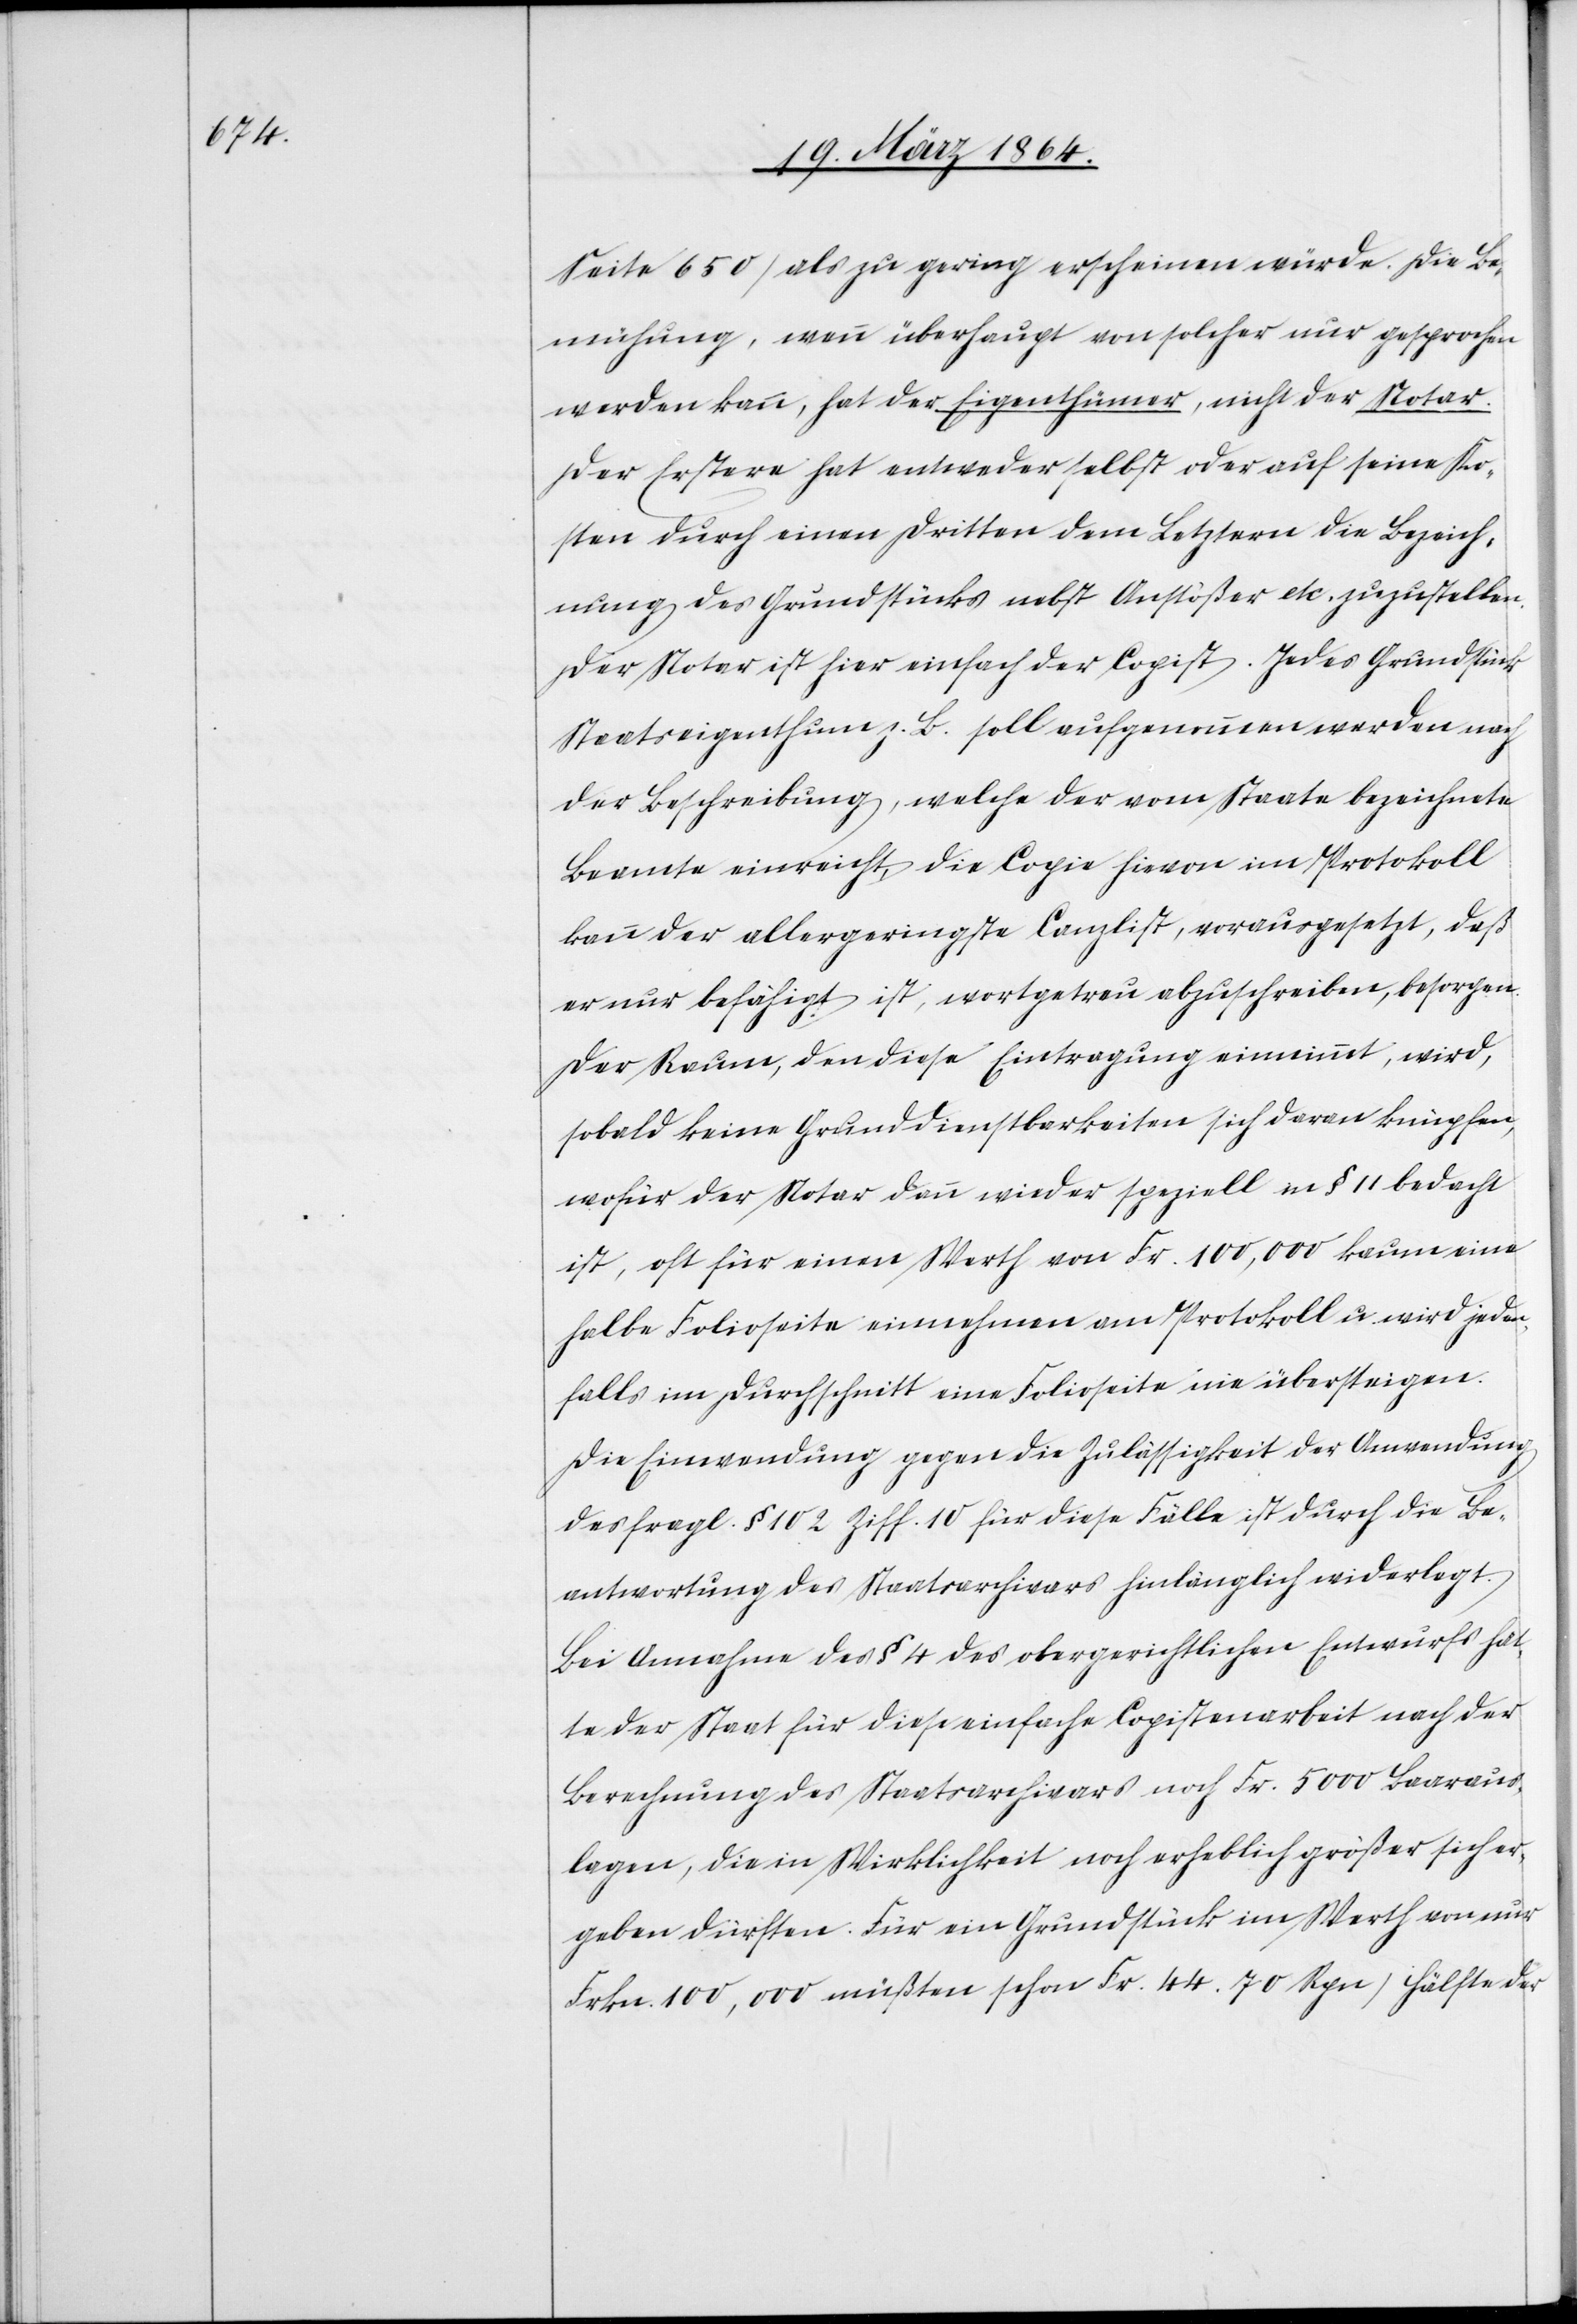
Seite 650) als zu gering erscheinen würde. Die Be¬
mühung, wenn überhaupt von solcher nur gesprochen
werden kann, hat der Eigenthümer, nicht der Notar.
Der Erstere hat entweder selbst oder auf seine Ko¬
sten durch einen Dritten dem Letztern die Bezeich¬
nung des Grundstücks nebst Anstößer etc. zuzustellen.
Der Notar ist hier einfach der Copist. Jedes Grundstück
Staatseigenthum z. B. soll aufgenommen werden nach
der Beschreibung, welche der vom Staate bezeichnete
Beamte einreicht, die Copie hievon im Protokoll
kann der allergeringste Canzlist, vorausgesetzt, daß
er nur befähigt ist, wortgetreu abzuschreiben, besorgen.
Der Raum, den diese Eintragung einnimmt, wird,
sobald keine Grunddienstbarkeiten sich daran knüpfen,
wofür der Notar dann wieder speziell in § 11 bedacht
ist, oft für einen Werth von Fr. 100,000 kaum eine
halbe Folioseite einnehmen am Protokoll u. wird jeden¬
falls im Durchschnitt eine Folioseite nie übersteigen.
Die Einwendung gegen die Zulässigkeit der Anwendung
des fragl. § 102 Ziff. 10 für diese Fälle ist durch die Be¬
antwortung des Staatsarchivars hinlänglich widerlegt.
Bei Annahme des § 4 des obergerichtlichen Entwurfs hat¬
te der Staat für diese einfache Copistenarbeit nach der
Berechnung des Staatsarchivars noch Fr. 5000 Baaraus¬
lagen, die in Wirklichkeit noch erheblich größer sich er¬
geben dürften. Für ein Grundstück im Werth von nur
Frkn. 100,000 müßten schon Fr. 44.70 Rpn (Hälfte der